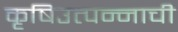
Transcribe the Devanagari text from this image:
कृषिउत्पन्नाची